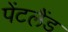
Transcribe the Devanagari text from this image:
पेंटलैंड